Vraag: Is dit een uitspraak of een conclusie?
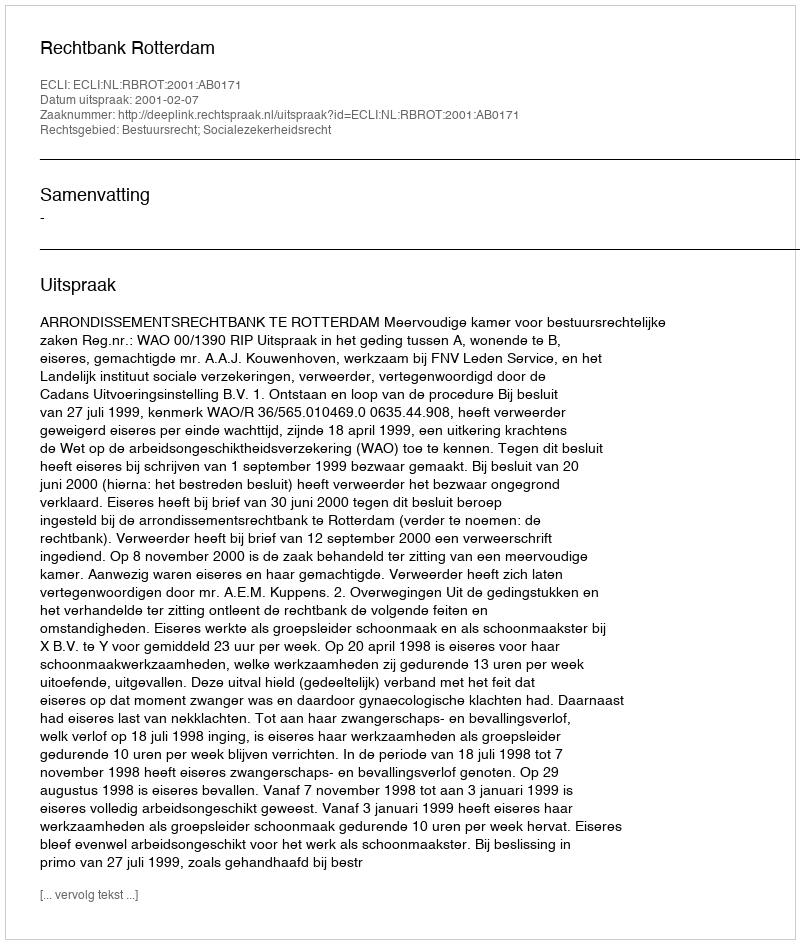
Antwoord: Uitspraak